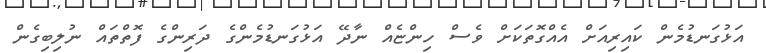
އަޅުގަނޑުމެން ކައިރިއަށް އެއްގޮތަކަށް ވެސް ހިންޏެއް ނާދޭ އަޅުގަނޑުމެންގެ ދަރިންގެ ފޮތްތައް ނުލިބިގެން